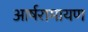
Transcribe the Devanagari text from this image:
आर्षरामायण